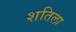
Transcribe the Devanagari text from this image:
शतिला